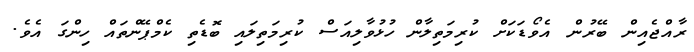
ރާއްޖެއިން ބޭރުން އެވޯޑަކަށް ކުރިމަތިލާން ހުޅުވާލިއަސް ކުރިމަތިލައި ބޮޑެތި ކެމްޕޭންތައް ހިންގަ އެވެ.